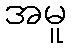
အမူ